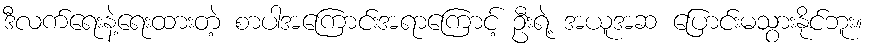
ဒီလက်ရေးနဲ့ရေးထားတဲ့ စာပါအကြောင်းအရာကြောင့် ဦးရဲ့ အယူအဆ ပြောင်းမသွားနိုင်ဘူး။